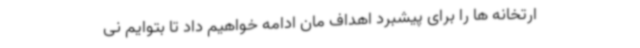
ارتخانه ها را برای پیشبرد اهداف مان ادامه خواهیم داد تا بتوایم نی